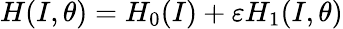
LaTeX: H(I,\theta)=H_{0}(I)+\varepsilon H_{1}(I,\theta)